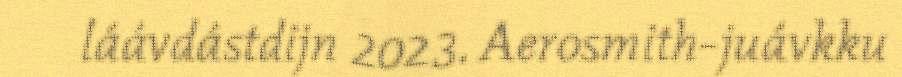
láávdástdijn 2023. Aerosmith-juávkku